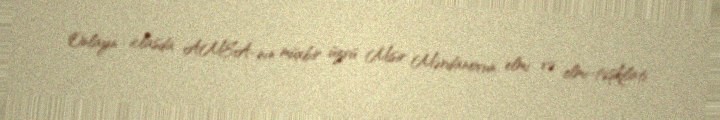
Onlayn iclasda AMEA-nın müxbir üzvü Misir Mərdanovun elmi və elmi-təşkilati